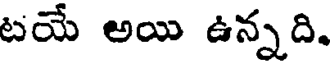
టయే అయి ఉన్నది.